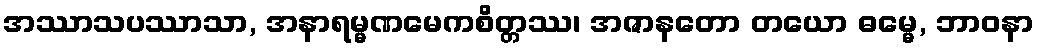
အဿာသပဿာသာ, အနာရမ္မဏမေကစိတ္တဿ၊ အဇာနတော တယော ဓမ္မေ, ဘာဝနာ